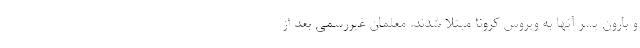
و بارون پسر آنها به ویروس کرونا مبتلا شدند. معلمان غیررسمی بعد از